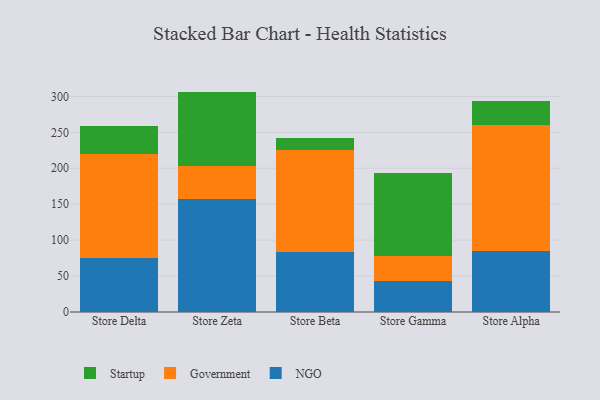
{"axis": {"x": "Store", "y": "Page Views"}, "legend": ["Government", "NGO", "Startup"], "data": [{"x": "Store Delta", "y": 74.5, "type": "NGO"}, {"x": "Store Delta", "y": 145.3, "type": "Government"}, {"x": "Store Delta", "y": 39.7, "type": "Startup"}, {"x": "Store Zeta", "y": 157.7, "type": "NGO"}, {"x": "Store Zeta", "y": 45.7, "type": "Government"}, {"x": "Store Zeta", "y": 103.3, "type": "Startup"}, {"x": "Store Beta", "y": 83.2, "type": "NGO"}, {"x": "Store Beta", "y": 142.9, "type": "Government"}, {"x": "Store Beta", "y": 16.3, "type": "Startup"}, {"x": "Store Gamma", "y": 43.0, "type": "NGO"}, {"x": "Store Gamma", "y": 35.4, "type": "Government"}, {"x": "Store Gamma", "y": 115.5, "type": "Startup"}, {"x": "Store Alpha", "y": 85.1, "type": "NGO"}, {"x": "Store Alpha", "y": 175.6, "type": "Government"}, {"x": "Store Alpha", "y": 33.4, "type": "Startup"}]}